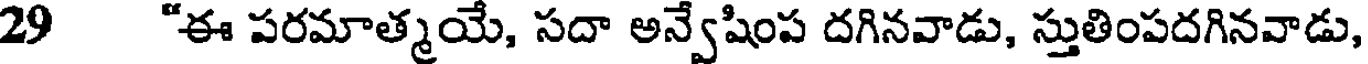
29 "ఈ పరమాత్మయే, సదా అన్వేషింప దగినవాడు, స్తుతింపదగినవాడు,